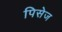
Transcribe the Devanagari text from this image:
पिसेज